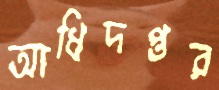
আধিদপ্তর